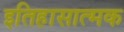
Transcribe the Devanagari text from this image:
इतिहासात्मक